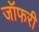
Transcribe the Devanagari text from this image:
जॉफरी